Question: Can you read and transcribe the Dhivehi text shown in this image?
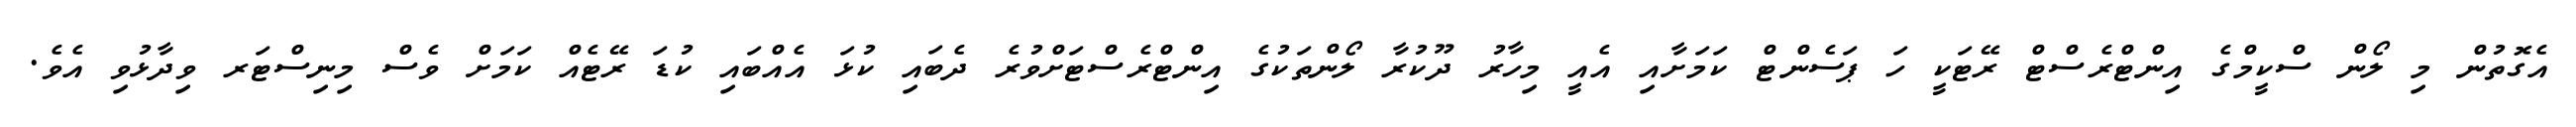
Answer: އެގޮތުން މި ލޯން ސްކީމްގެ އިންޓްރެސްޓް ރޭޓަކީ ހަ ޕަސެންޓް ކަމަށާއި އެއީ މިހާރު ދޫކުރާ ލޯންތަކުގެ އިންޓްރެސްޓަށްވުރެ ދެބައި ކުޅަ އެއްބައި ކުޑަ ރޭޓެއް ކަމަށް ވެސް މިނިސްޓަރ ވިދާޅުވި އެވެ.